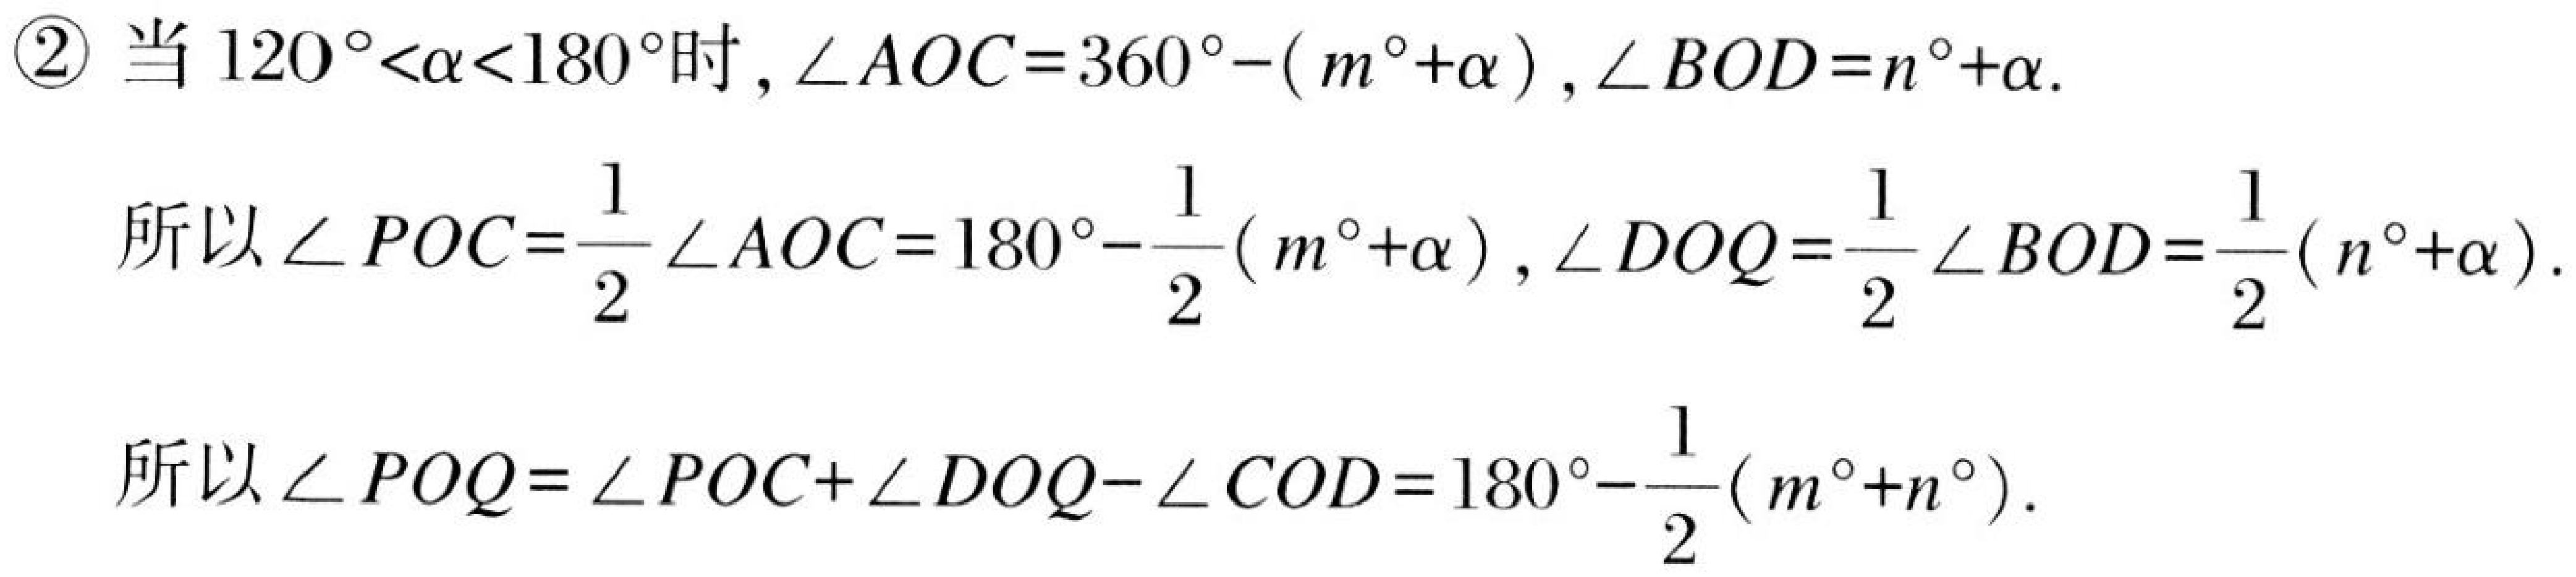
\textcircled{2} 当$120^{\circ}<\alpha<180^{\circ}$时, $\angle AOC = 360^{\circ}-(m^{\circ}+\alpha)$, $\angle BOD = n^{\circ}+\alpha$.

所以$\angle POC=\frac{1}{2}\angle AOC = 180^{\circ}-\frac{1}{2}(m^{\circ}+\alpha)$, $\angle DOQ=\frac{1}{2}\angle BOD=\frac{1}{2}(n^{\circ}+\alpha)$.

所以$\angle POQ=\angle POC+\angle DOQ - \angle COD=180^{\circ}-\frac{1}{2}(m^{\circ}+n^{\circ})$.